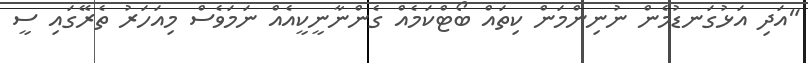
"އަދި އަޅުގަނޑުމެން ނުނިންމަން ކިތައް ބޯޓްކަމެއް ގެންނާނީކީއެއް ނަމަވެސް މިއަހަރު ތެރޭގައި ސީ